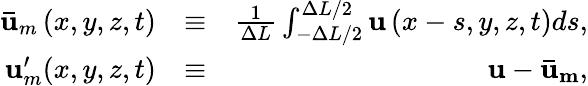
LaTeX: \begin{array}{rlr}{\mathbf{\bar{u}}_{m}\left(x,y,z,t\right)}&{\equiv}&{\frac{1}{\Delta L}\int_{-\Delta L/2}^{\Delta L/2}{\mathbf{u}\left(x-s,y,z,t\right)ds},}\\ {\mathbf{u}_{m}^{\prime}(x,y,z,t)}&{\equiv}&{\mathbf{u}-\mathbf{\bar{u}_{m}},}\end{array}